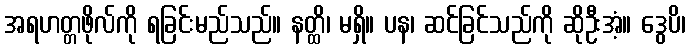
အရဟတ္တဖိုလ်ကို ရခြင်းမည်သည်။ နတ္ထိ၊ မရှိ။ ပန၊ ဆင်ခြင်သည်ကို ဆိုဦးအံ့။ ဒွေပိ၊